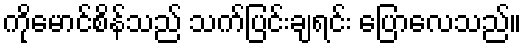
ကိုမောင်စိန်သည် သက်ပြင်းချရင်း ပြောလေသည်။